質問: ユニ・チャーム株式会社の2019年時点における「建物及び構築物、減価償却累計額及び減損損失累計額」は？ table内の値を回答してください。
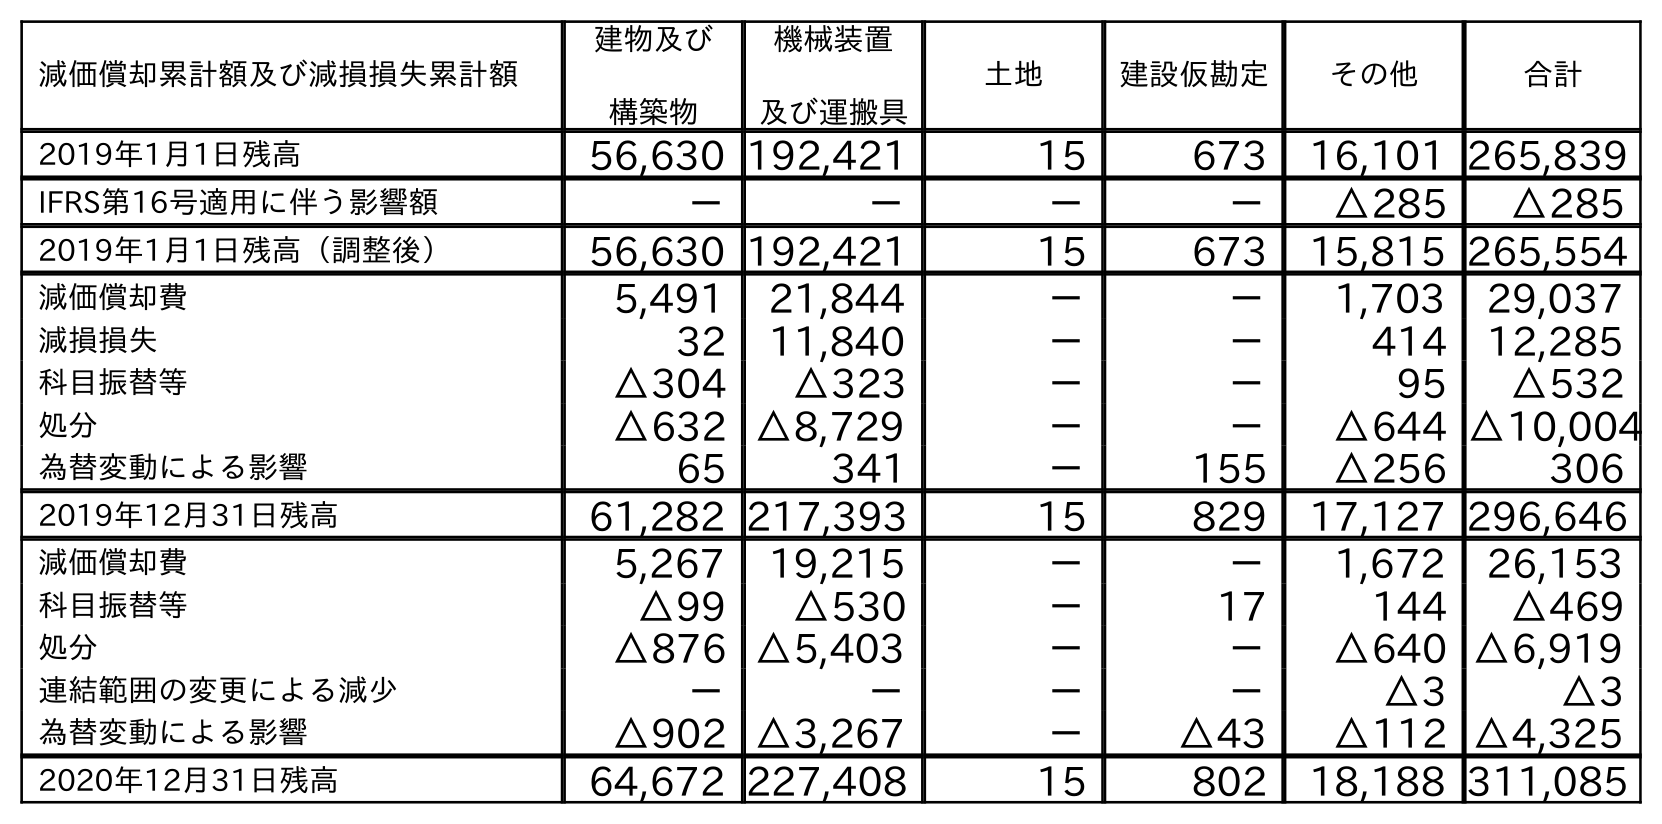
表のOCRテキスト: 減価償却累計額及び減損損失累計額 建物及び 構築物 機械装置 及び運搬具 土地 建設仮勘定 その他 合計 2019年1月1日残高 56,630 192,421 15 673 16,101 265,839 IFRS第16号適用に伴う影響額 － － － － △285 △285 2019年1月1日残高（調整後） 56,630 192,421 15 673 15,815 265,554 減価償却費 5,491 21,844 － － 1,703 29,037 減損損失 32 11,840 － － 414 12,285 科目振替等 △304 △323 － － 95 △532 処分 △632 △8,729 － － △644 △10,004 為替変動による影響 65 341 － 155 △256 306 2019年12月31日残高 61,282 217,393 15 829 17,127 296,646 減価償却費 5,267 19,215 － － 1,672 26,153 科目振替等 △99 △530 － 17 144 △469 処分 △876 △5,403 － － △640 △6,919 連結範囲の変更による減少 － － － － △3 △3 為替変動による影響 △902 △3,267 － △43 △112 △4,325 2020年12月31日残高 64,672 227,408 15 802 18,188 311,085
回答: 61,282